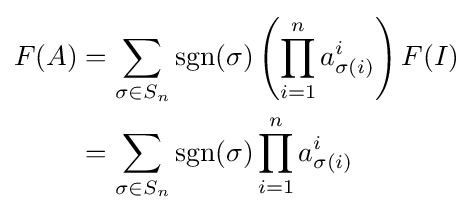
{\begin{aligned}F(A)&=\sum _{\sigma \in S_{n}}\operatorname {sgn} (\sigma )\left(\prod _{i=1}^{n}a_{\sigma (i)}^{i}\right)F(I)\\&=\sum _{\sigma \in S_{n}}\operatorname {sgn} (\sigma )\prod _{i=1}^{n}a_{\sigma (i)}^{i}\end{aligned}}